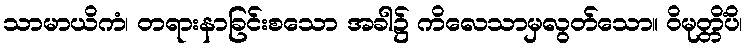
သာမာယိကံ၊ တရားနာခြင်းစသော အခါ၌ ကိလေသာမှလွတ်သော။ ဝိမုတ္တိံပိ၊